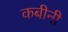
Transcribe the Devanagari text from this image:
कबीनी